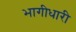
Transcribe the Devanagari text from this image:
भागीधारी